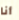
أنا